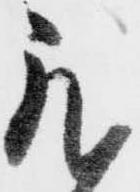
我